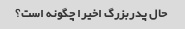
حال پدربزرگ اخیرا چگونه است؟